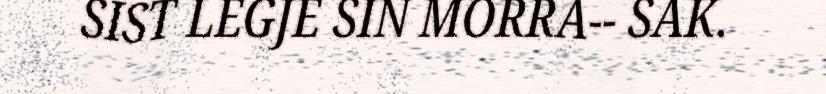
SIST LEGJE SIN MORRA-- SAK.